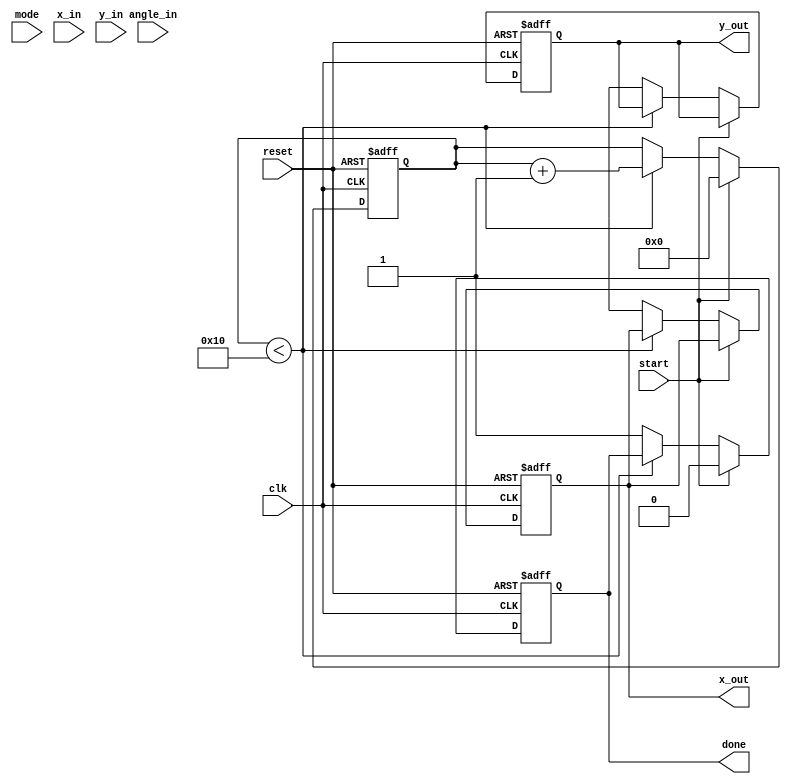
module modified_cordic #(
    parameter DATA_WIDTH = 16,
    parameter NUM_ITERATIONS = 16
)(
    input wire clk,
    input wire reset,
    input wire start,
    input wire mode, // 0 for rotation, 1 for vectoring
    input wire [DATA_WIDTH-1:0] x_in,
    input wire [DATA_WIDTH-1:0] y_in,
    input wire [DATA_WIDTH-1:0] angle_in,
    output reg [DATA_WIDTH-1:0] x_out,
    output reg [DATA_WIDTH-1:0] y_out,
    output reg done
);

    reg [DATA_WIDTH-1:0] x [0:NUM_ITERATIONS-1];
    reg [DATA_WIDTH-1:0] y [0:NUM_ITERATIONS-1];
    reg [DATA_WIDTH-1:0] angle [0:NUM_ITERATIONS-1];
    reg [4:0] iteration;
    reg [DATA_WIDTH-1:0] atan_table [0:NUM_ITERATIONS-1];
    reg [DATA_WIDTH-1:0] scaling_factor;

    // Initialize the arctangent values and scaling factor
    initial begin
        atan_table[0] = 16'h26DD; // atan(2^0)
        atan_table[1] = 16'h1D9A; // atan(2^-1)
        atan_table[2] = 16'h0FAD; // atan(2^-2)
        // ... Fill in the rest of the atan_table
        scaling_factor = 16'hB505; // Scaling factor for CORDIC
    end

    // Control Logic
    always @(posedge clk or posedge reset) begin
        if (reset) begin
            iteration <= 0;
            done <= 0;
            x_out <= 0;
            y_out <= 0;
        end else if (start) begin
            x[0] <= x_in;
            y[0] <= y_in;
            angle[0] <= angle_in;
            iteration <= 0;
            done <= 0;
        end else if (iteration < NUM_ITERATIONS) begin
            // CORDIC Iteration
            if (mode == 0) begin // Rotation mode
                if (angle[iteration] < 0) begin
                    x[iteration+1] <= x[iteration] + (y[iteration] >>> iteration);
                    y[iteration+1] <= y[iteration] - (x[iteration] >>> iteration);
                    angle[iteration+1] <= angle[iteration] + atan_table[iteration];
                end else begin
                    x[iteration+1] <= x[iteration] - (y[iteration] >>> iteration);
                    y[iteration+1] <= y[iteration] + (x[iteration] >>> iteration);
                    angle[iteration+1] <= angle[iteration] - atan_table[iteration];
                end
            end else begin // Vectoring mode
                // Implement vectoring logic here
            end
            iteration <= iteration + 1;
        end else begin
            x_out <= x[NUM_ITERATIONS];
            y_out <= y[NUM_ITERATIONS];
            done <= 1;
        end
    end

endmodule